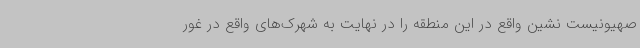
صهیونیست نشین واقع در این منطقه را در نهایت به شهرک‌های واقع در غور